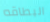
البطاقه